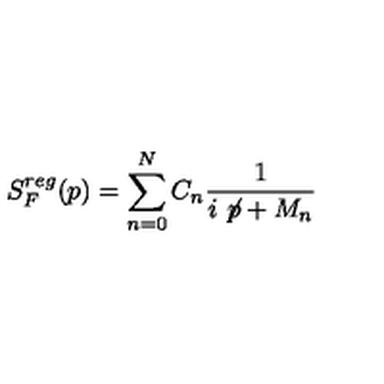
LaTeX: S _ { F } ^ { r e g } ( p ) = \sum _ { n = 0 } ^ { N } C _ { n } \frac { 1 } { i \not \! p + M _ { n } }